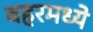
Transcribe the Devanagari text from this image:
बहरमध्ये